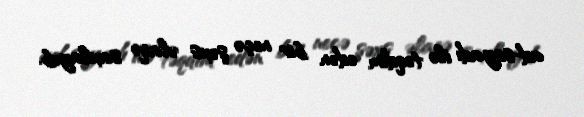
ad-soyadı ilə təqdim edən bir neçə şəxs əlaqə saxlayıb.